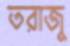
তরাজু